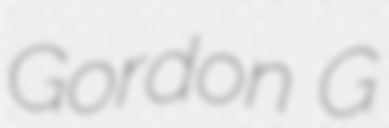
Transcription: Gordon G